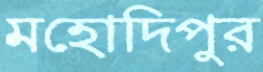
মহোদিপুর